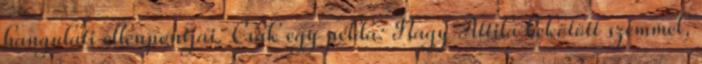
hangulati ellenpontjai. Csak egy példa: Nagy Attila bekötött szemmel,